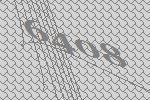
6408